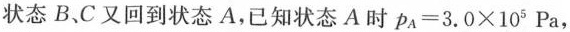
状态B、C又回到状态A，已知状态A时$$p_{A}=3.0\times 10^{5}Pa$$，